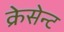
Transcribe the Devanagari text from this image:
क्रेसेन्ट